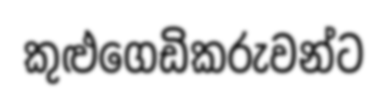
කුළුගෙඩිකරුවන්ට